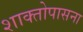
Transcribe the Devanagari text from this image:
शाक्तोपासना